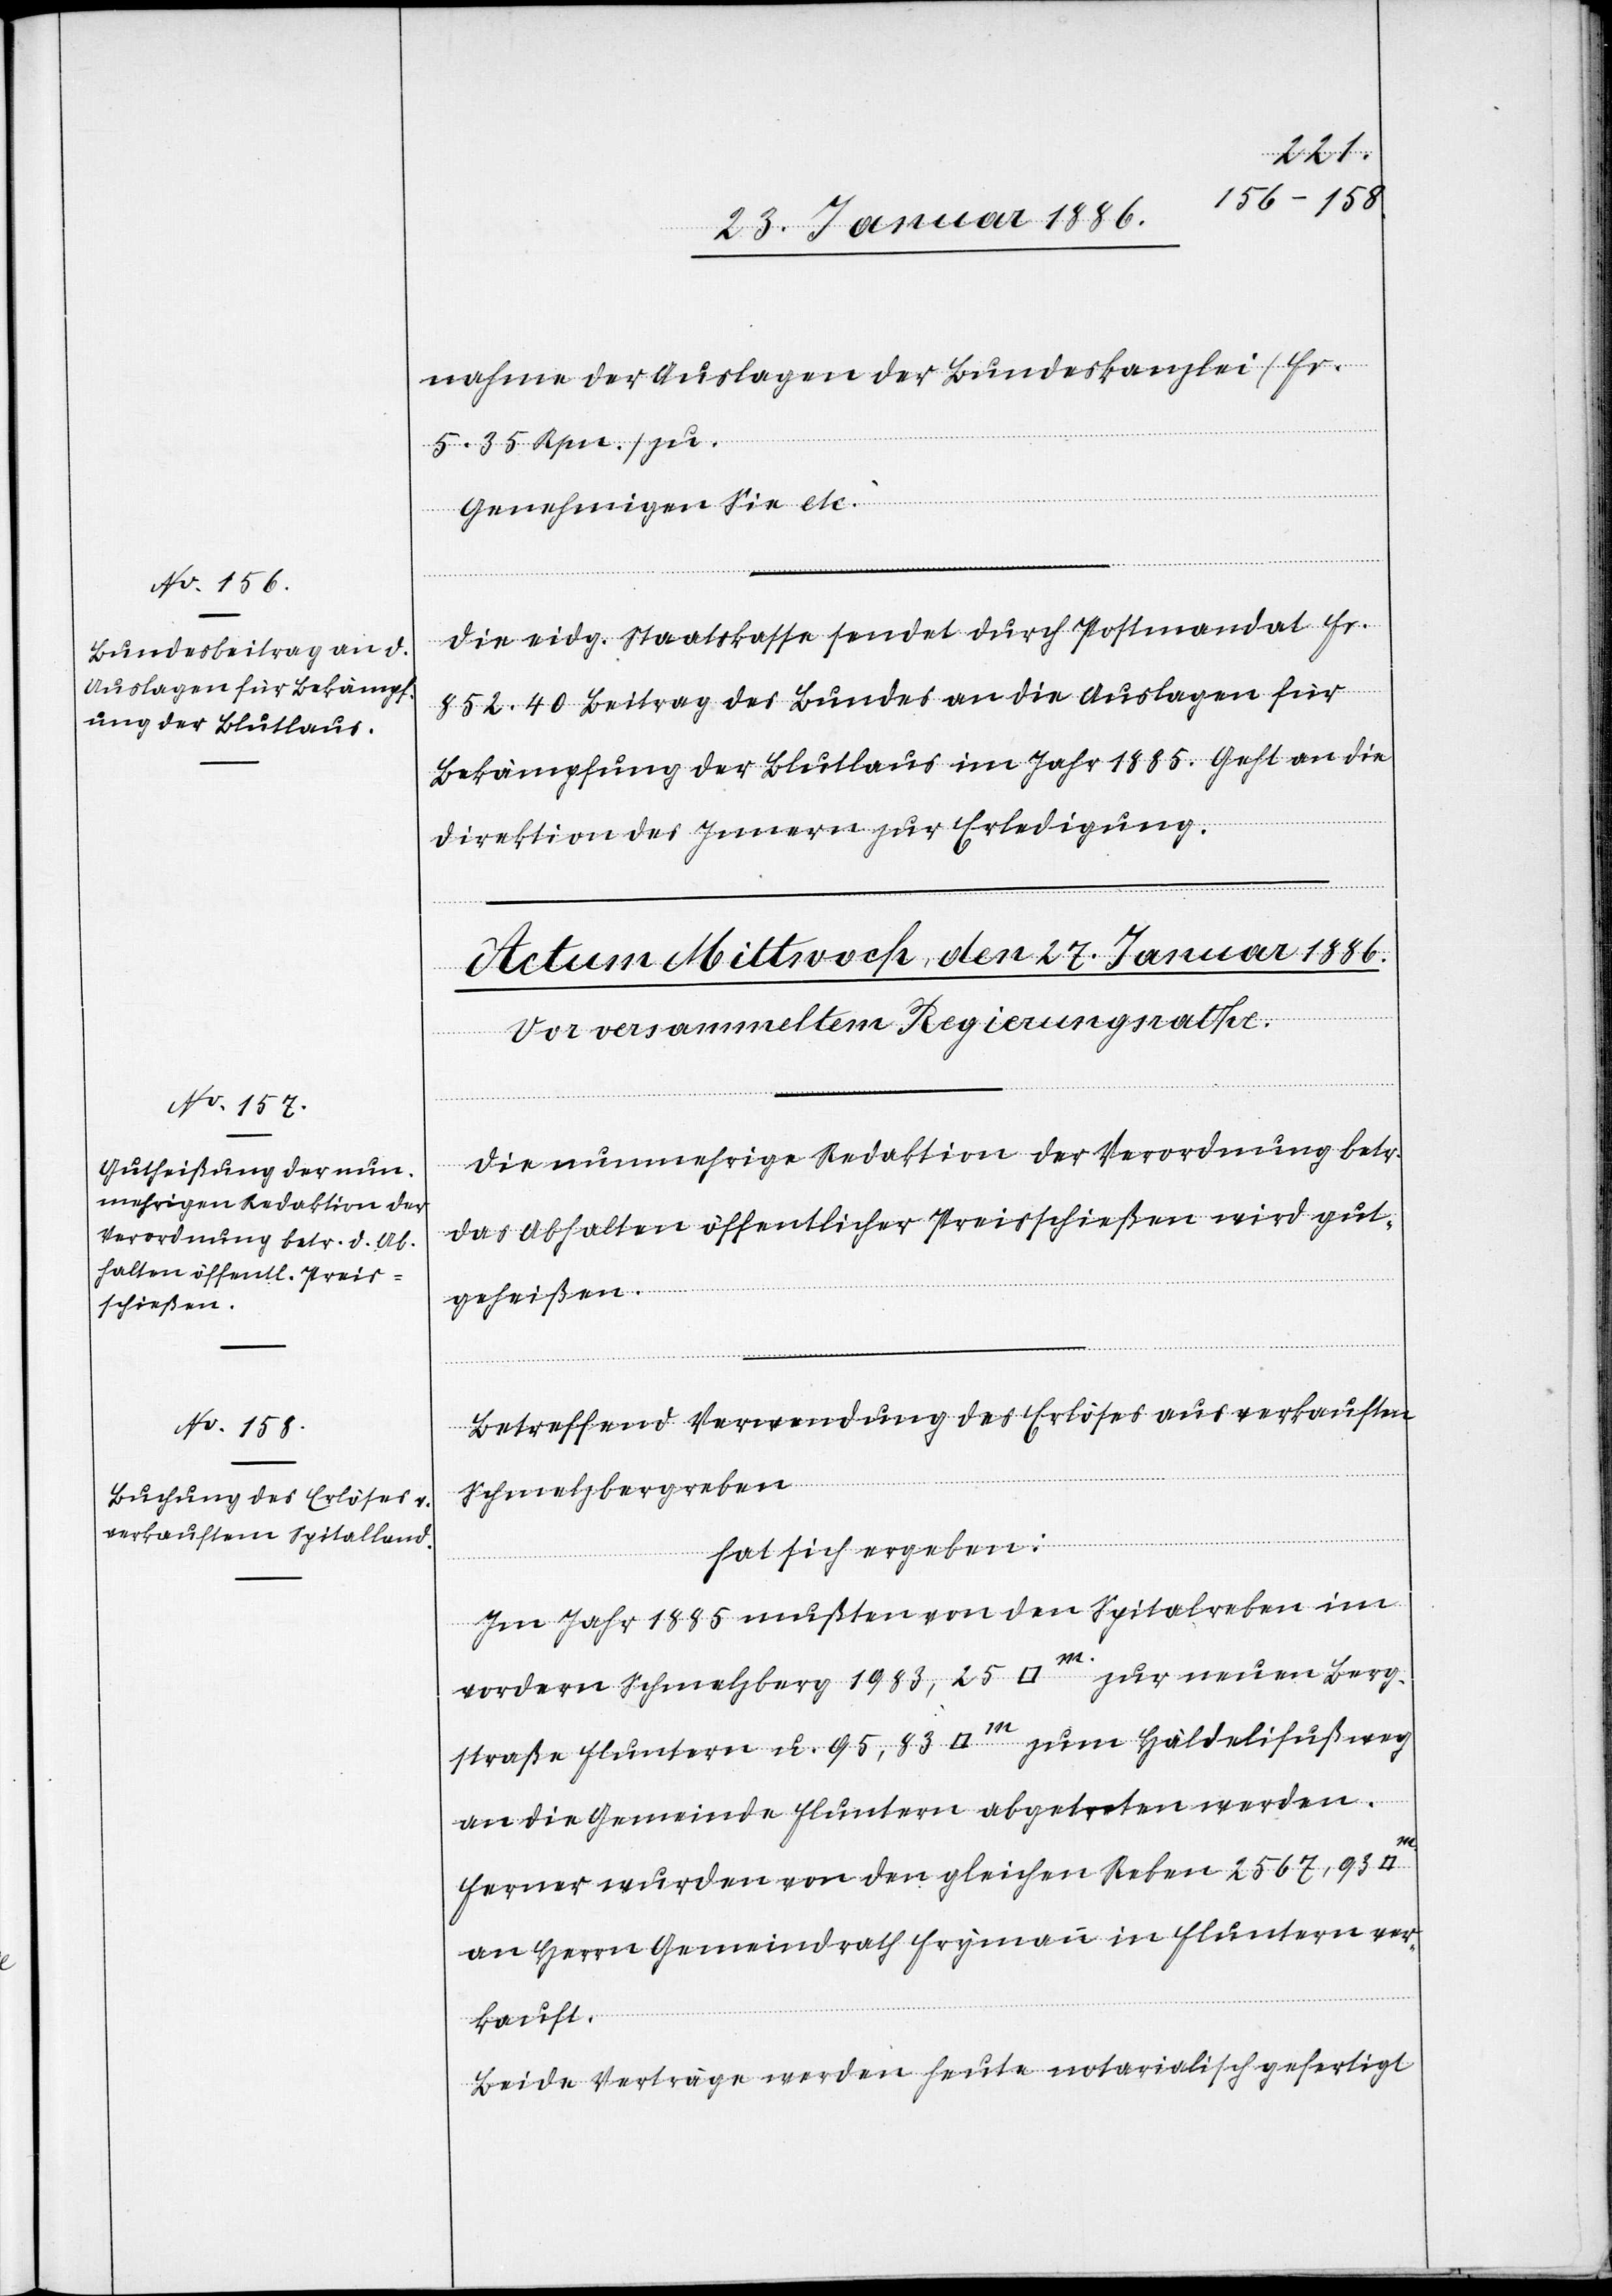
26. Januar 1886]
nahme der Auslagen der Bundeskanzlei (Fr.
5. 35 Rpn.) zu.
Genehmigen Sie etc.“
Die eidg. Staatskasse sendet durch Postmandat Fr.
852. 40 Beitrag des Bundes an die Auslagen für
Bekämpfung der Blutlaus im Jahr 1885. Geht an die
Direktion des Innern zur Erledigung.
Die nunmehrige Redaktion der Verordnung betr.
das Abhalten öffentlicher Preisschießens wird gut¬
geheißen.
Betreffend Verwendung des Erlöses aus verkauften
[Quadratmeter]
Schmelzbergreben
hat sich ergeben:
Im Jahr 1885 mußten von den Spitalreben im
vordern Schmelzberg 1983, 25 [Quadratmeter] zur neuen Berg¬
straße Fluntern u. 95,83 [Quadratmeter] zum Häldelifußweg
an die Gemeinde Fluntern abgetreten werden.
Ferner wurden von den gleichen Reben 2567,93
an Herrn Gemeindrath Frymann in Fluntern ver¬
kauft.
Beide Verträge werden heute notarialisch gefertigt